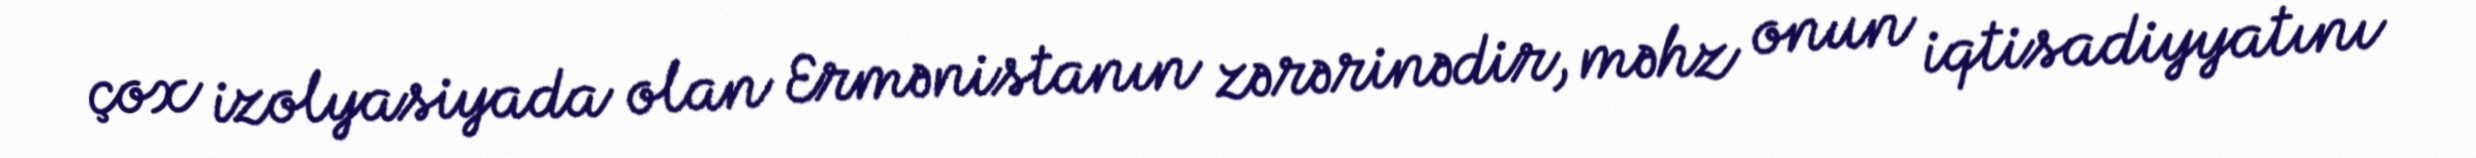
çox izolyasiyada olan Ermənistanın zərərinədir, məhz onun iqtisadiyyatını